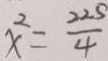
x ^ { 2 } = \frac { 2 2 5 } { 4 }